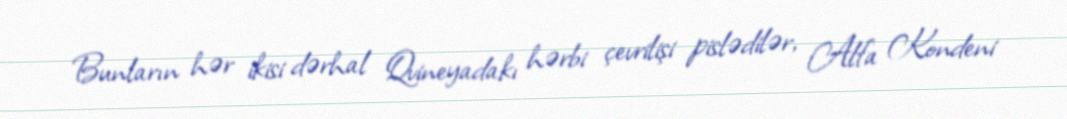
Bunların hər ikisi dərhal Qvineyadakı hərbi çevrilişi pislədilər, Alfa Kondeni